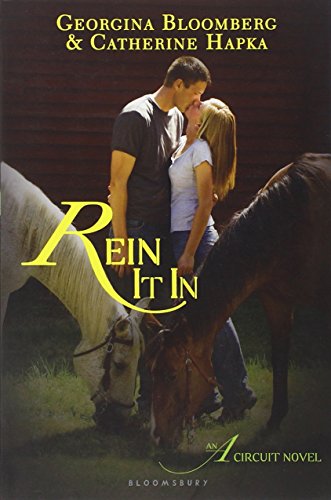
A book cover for Rein It In: An A Circuit Novel (The A Circuit); Georgina Bloomberg; Teen & Young Adult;